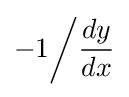
-1{\bigg /}{\frac {dy}{dx}}